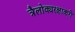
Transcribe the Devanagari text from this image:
त्रैलोक्यरक्षाकरी